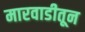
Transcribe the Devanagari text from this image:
मारवाडीतून